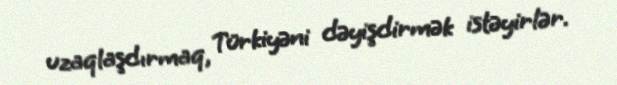
uzaqlaşdırmaq, Türkiyəni dəyişdirmək istəyirlər.